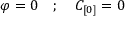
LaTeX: \varphi = 0 \quad ; \quad C _ { [ 0 ] } = 0